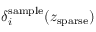
\delta _ { i } ^ { \mathrm { s a m p l e } } ( z _ { \mathrm { s p a r s e } } )